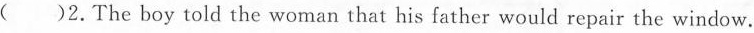
( )2.The boy told the woman that his father would repair the window.